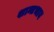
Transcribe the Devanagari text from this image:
शान्तभाव